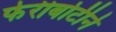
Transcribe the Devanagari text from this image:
फेरीबोटीने